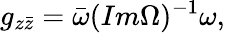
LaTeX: g_{z\bar{z}}=\bar{\omega}(Im\Omega)^{-1}\omega,